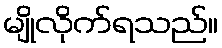
မျိုလိုက်ရသည်။